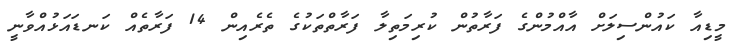
މީޑިއާ ކައުންސިލަށް އާއްމުންގެ ފަރާތުން ކުރިމަތިލާ ފަރާތްތަކުގެ ތެެރެއިން 14 ފަރާތެއް ކަނޑައަޅުއްވާނީ